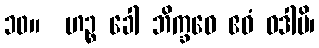
၁၀။  ဟဉ္စ ခေါ ဘိက္ခဝေ ဧဝံ ဝဒါမိ၊